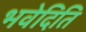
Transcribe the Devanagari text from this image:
भवेदिति